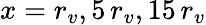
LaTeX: x=r_{v},5\, r_{v},15\, r_{v}